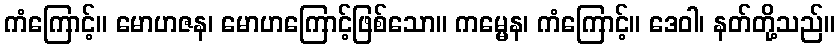
ကံကြောင့်။ မောဟဇန၊ မောဟကြောင့်ဖြစ်သော။ ကမ္မေန၊ ကံကြောင့်။ ဒေဝါ၊ နတ်တို့သည်။